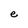
Character: e